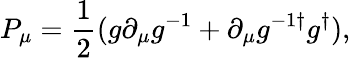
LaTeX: P_{\mu}={\frac{1}{2}}(g\partial_{\mu}g^{-1}+\partial_{\mu}g^{-1\dagger}g^{\dagger}),